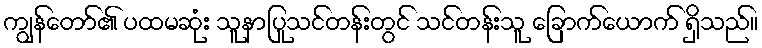
ကျွန်တော်၏ ပထမဆုံး သူနာပြုသင်တန်းတွင် သင်တန်းသူ ခြောက်ယောက် ရှိသည်။